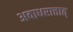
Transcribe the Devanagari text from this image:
अवाधरात्तात्